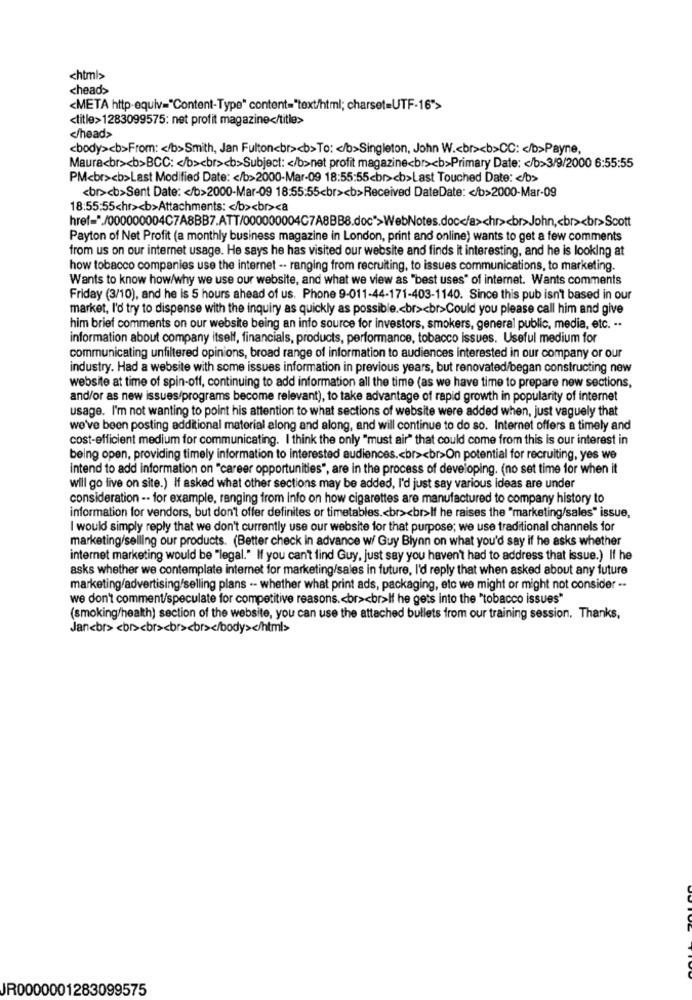
<html>
<head>
<META http-equiv="Content-Type" content="text/html; charset=UTF-16">
<title>1283099575: net profit magazine</title>
</head>
<body><b>From: < /b>Smith, Jan Fulton<br><b>To: < /b>Singleton, John W .< br><b>CC: < /b>Payne,
Maura<br><b>BCC: < /b><br><b>Subject: < /b>net profit magazine<br><b>Primary Date: < /b>3/9/2000 6:55:55
PM<br><b>Last Modified Date: < /b>2000-Mar-09 18:55:55<br><b>Last Touched Date: < /b>
<br><b>Sent Date: < /b>2000-Mar-09 18:55:55<br><b>Received DateDate: < /b>2000-Mar-09
18:55:55chr><b>Attachments: < /b><br><a
href="./000000004C7A8BB7.ATT/000000004C7A8BB8.doc">WebNotes.doc</a>chr><br>John ,< br><br>Scott
Payton of Net Profit (a monthly business magazine in London, print and online) wants to get a few comments
from us on our internet usage. He says he has visited our website and finds it interesting, and he is looking at
how tobacco companies use the internet -- ranging from recruiting, to issues communications, to marketing.
Wants to know how/why we use our website, and what we view as "best uses" of internet. Wants comments
Friday (3/10), and he is 5 hours ahead of us. Phone 9-011-44-171-403-1140. Since this pub isn't based in our
market, I'd try to dispense with the inquiry as quickly as possible .< br><br>Could you please call him and give
him brief comments on our website being an info source for investors, smokers, general public, media, etc. ..
information about company itself, financials, products, performance, tobacco issues. Useful medium for
communicating unfiltered opinions, broad range of information to audiences interested in our company or our
industry. Had a website with some issues information in previous years, but renovated/began constructing new
website at time of spin-off, continuing to add information all the time (as we have time to prepare new sections,
and/or as new issues/programs become relevant), to take advantage of rapid growth in popularity of internet
usage. I'm not wanting to point his attention to what sections of website were added when, just vaguely that
we've been posting additional material along and along, and will continue to do so. Internet offers a timely and
cost-efficient medium for communicating. I think the only "must air" that could come from this is our interest in
being open, providing timely information to interested audiences .< br><br>On potential for recruiting, yes we
intend to add information on "career opportunities", are in the process of developing. (no set time for when it
will go live on site.) If asked what other sections may be added, I'd just say various ideas are under
consideration -- for example, ranging from info on how cigarettes are manufactured to company history to
information for vendors, but don't offer definites or timetables .< br><br>If he raises the "marketing/sales" issue,
I would simply reply that we don't currently use our website for that purpose; we use traditional channels for
marketing/selling our products. (Better check in advance w/ Guy Blynn on what you'd say if he asks whether
internet marketing would be "legal." If you can't find Guy, just say you haven't had to address that issue.) If he
asks whether we contemplate internet for marketing/sales in future, I'd reply that when asked about any future
marketing/advertising/selling plans -- whether what print ads, packaging, etc we might or might not consider ..
we don't comment/speculate for competitive reasons .< br><br>If he gets into the "tobacco issues"
(smoking/health) section of the website, you can use the attached bullets from our training session. Thanks,
Jan<br> <br><br><br><br></body></html>
JR0000001283099575